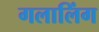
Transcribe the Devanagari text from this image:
गलालिंग